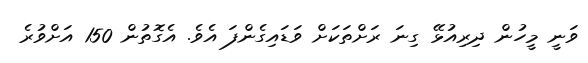
ވަނީ މީހުން ދިރިއުޅޭ ގިނަ ރަށްތަކަށް ވަޑައިގެންފަ އެވެ. އެގޮތުން 150 އަށްވުރެ